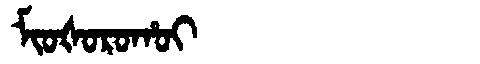
Manchu: ᠮᡳᠣᡧᠣᡵᠣᡥᠣᡳ
Romanization: MIOŠOROHOI